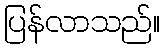
ပြန်လာသည်။